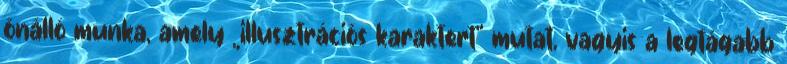
önálló munka, amely „illusztrációs karaktert“ mutat, vagyis a legtágabb